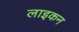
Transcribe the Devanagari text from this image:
लाइकन